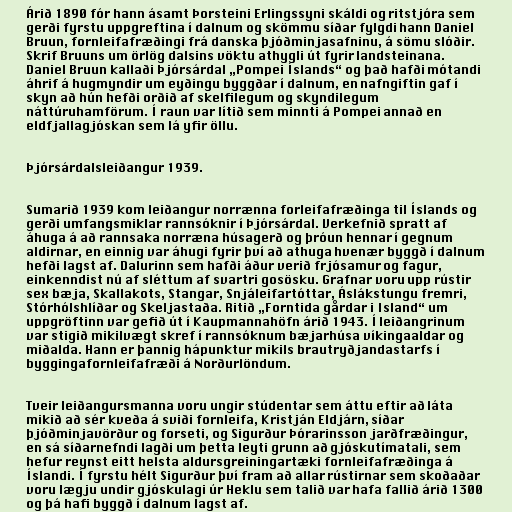
Árið 1890 fór hann ásamt Þorsteini Erlingssyni skáldi og ritstjóra sem
gerði fyrstu uppgreftina í dalnum og skömmu síðar fylgdi hann Daniel
Bruun, fornleifafræðingi frá danska þjóðminjasafninu, á sömu slóðir.
Skrif Bruuns um örlög dalsins vöktu athygli út fyrir landsteinana.
Daniel Bruun kallaði Þjórsárdal „Pompei Íslands“ og það hafði mótandi
áhrif á hugmyndir um eyðingu byggðar í dalnum, en nafngiftin gaf í
skyn að hún hefði orðið af skelfilegum og skyndilegum
náttúruhamförum. Í raun var lítið sem minnti á Pompei annað en
eldfjallagjóskan sem lá yfir öllu.

Þjórsárdalsleiðangur 1939.

Sumarið 1939 kom leiðangur norrænna forleifafræðinga til Íslands og
gerði umfangsmiklar rannsóknir í Þjórsárdal. Verkefnið spratt af
áhuga á að rannsaka norræna húsagerð og þróun hennar í gegnum
aldirnar, en einnig var áhugi fyrir því að athuga hvenær byggð í dalnum
hefði lagst af. Dalurinn sem hafði áður verið frjósamur og fagur,
einkenndist nú af sléttum af svartri gosösku. Grafnar voru upp rústir
sex bæja, Skallakots, Stangar, Snjáleifartóttar, Áslákstungu fremri,
Stórhólshlíðar og Skeljastaða. Ritið „Forntida gårdar i Island“ um
uppgröftinn var gefið út í Kaupmannahöfn árið 1943. Í leiðangrinum
var stigið mikilvægt skref í rannsóknum bæjarhúsa víkingaaldar og
miðalda. Hann er þannig hápunktur mikils brautryðjandastarfs í
byggingafornleifafræði á Norðurlöndum.

Tveir leiðangursmanna voru ungir stúdentar sem áttu eftir að láta
mikið að sér kveða á sviði fornleifa, Kristján Eldjárn, síðar
þjóðminjavörður og forseti, og Sigurður Þórarinsson jarðfræðingur,
en sá síðarnefndi lagði um þetta leyti grunn að gjóskutímatali, sem
hefur reynst eitt helsta aldursgreiningartæki fornleifafræðinga á
Íslandi. Í fyrstu hélt Sigurður því fram að allar rústirnar sem skoðaðar
voru lægju undir gjóskulagi úr Heklu sem talið var hafa fallið árið 1300
og þá hafi byggð í dalnum lagst af.